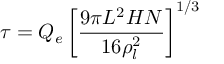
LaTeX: \tau = Q _ { e } \left[ { \frac { 9 \pi L ^ { 2 } H N } { 1 6 \rho _ { l } ^ { 2 } } } \right] ^ { 1 / 3 }